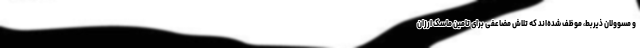
و مسوولان ذیربط، موظف شده‌اند که تلاش مضاعفی برای تامین ماسک ارزان